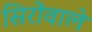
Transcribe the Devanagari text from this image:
सिरोंवाले